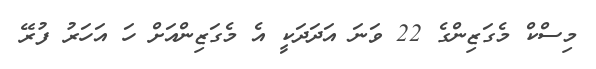
މިސްކް މެގަޒިންގެ 22 ވަނަ އަދަދަކީ އެ މެގަޒިންއަށް ހަ އަހަރު ފުރޭ